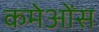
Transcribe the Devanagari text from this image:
कमेओंस